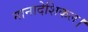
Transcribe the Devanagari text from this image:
नानादेशिकल।